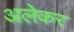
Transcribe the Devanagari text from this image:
अलेकर